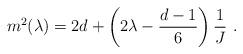
LaTeX: \begin{align*}m^2(\lambda) = 2 d + \left( 2\lambda - {d-1\over 6}\right){1\over J}~.\end{align*}